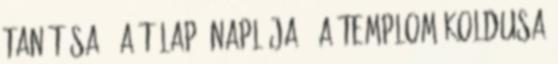
tanítása 4 A Télapó naplója 1 A TEMPLOM KOLDUSA